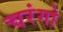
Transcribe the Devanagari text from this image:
चरंगो